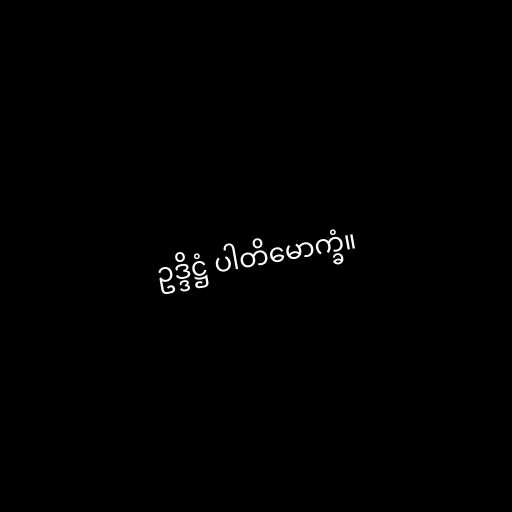
ဥဒ္ဒိဋ္ဌံ ပါတိမောက္ခံ။